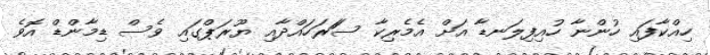
ހިއްކާފައި ހުންނާ ހުއިފިލަނޑާ އަށް އެމެރިކާ ސަަރަހައްދާއި ޔޫރަޕްގައި ވެސް ޑިމާންޑް އޮވެ